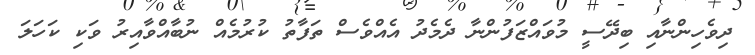
ދިވެހިންނާއި ބިދޭސީ މުވައްޒަފުންނާ ދެމެދު އެއްވެސް ތަފާތު ކުރުމެއް ނުބާއްވާއިރު ވަކި ކަހަލަ